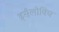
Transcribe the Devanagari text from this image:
इसैलोविच